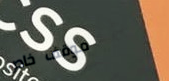
موقف خاص